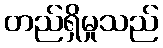
တည်ရှိမှုသည်